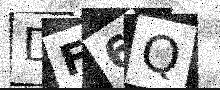
Text: DF6Q